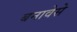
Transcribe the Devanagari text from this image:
बनावेसे